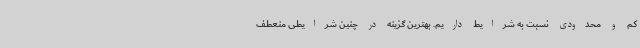
کم و محدودی نسبت به شرایط داریم. بهترین گزینه در چنین شرایطی منعطف